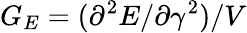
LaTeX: G_{E}=(\partial^{2}E/\partial\gamma^{2})/V